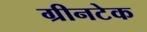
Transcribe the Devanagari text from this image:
ग्रीनटेक